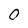
Character: 0